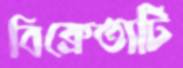
বিক্রেতাটি